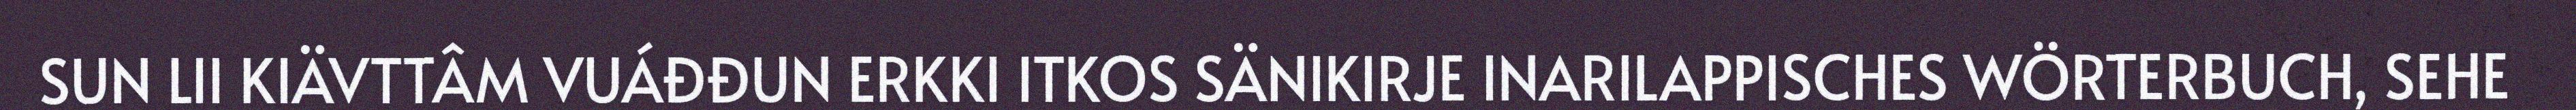
SUN LII KIÄVTTÂM VUÁĐĐUN ERKKI ITKOS SÄNIKIRJE INARILAPPISCHES WÖRTERBUCH, SEHE